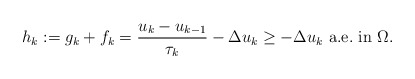
\begin{align*}h_k := g_k + f_k = \dfrac{u_k - u_{k-1}}{\tau_k} - \Delta u_k\geq - \Delta u_k \mbox{ a.e.~in } \Omega.\end{align*}